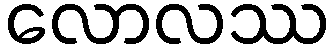
လောလဿ